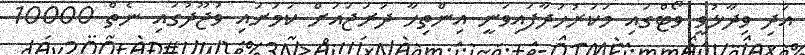
އަދި ވިދާޅުވީ ވޯޓްގައި މަކަރުހަދާފައިވަނީ އިންތިހާ ދަރަޖައަށް ކަމަށައި ވުޖޫދުގައި ނެތް 10000